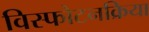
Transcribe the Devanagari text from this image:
विस्फोटनक्रिया